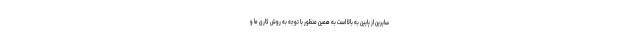
سایرین از پایین به بالا است به همین منظور با توجه به روش کاری ما و